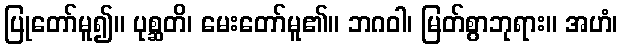
ပြုတော်မူ၍။ ပုစ္ဆတိ၊ မေးတော်မူ၏။ ဘဂဝါ၊ မြတ်စွာဘုရား။ အဟံ၊